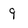
Character: 9